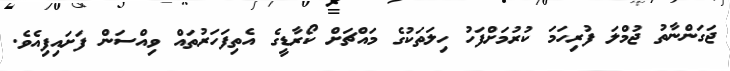
ޖަގަންނާތު ޖުމްލަ ފުރިހަމަ ކުރުމަށްފަހު ހިލަތަކުގެ މައްޗަށް ކޯރާޑީގެ އެތިފަހަރުތައް ވިއްސަން ފަށައިފިއެވެ.